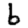
Digit: 6